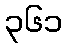
၃၆၁